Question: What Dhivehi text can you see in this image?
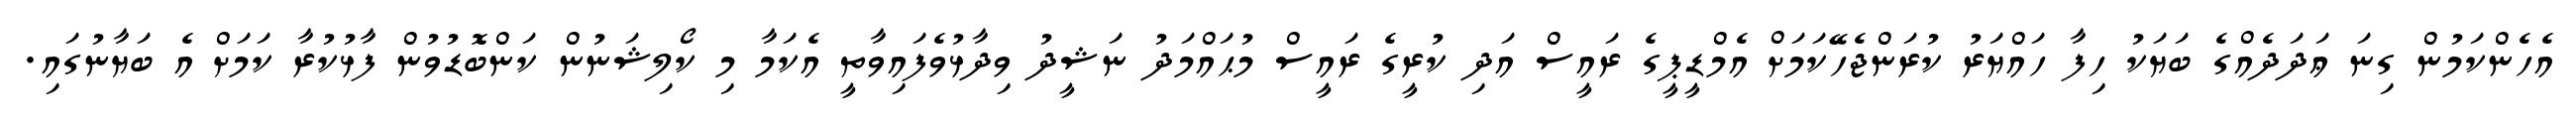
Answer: އެހެންކަމުން ގިނަ ޢަދަދެއްގެ ބަޔަކު ހިފާ ހައްޔަރު ކުރަންޖެހޭކަމަށް އެމްޑީޕީގެ ރައީސް އަދި ކުރީގެ ރައީސް މުޙައްމަދު ނަޝީދު ވިދާޅުވެފައިވާތީ އެކަމާ މި ކޯލިޝަނުން ކަންބޮޑުވުން ފާޅުކުރާ ކަމަށް އެ ބަޔާނުގައި.